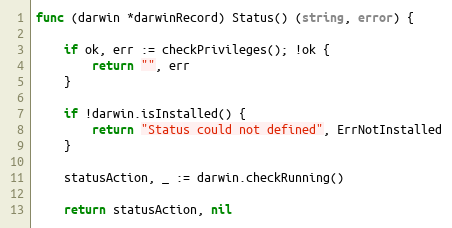
Language: Go
func (darwin *darwinRecord) Status() (string, error) {

	if ok, err := checkPrivileges(); !ok {
		return "", err
	}

	if !darwin.isInstalled() {
		return "Status could not defined", ErrNotInstalled
	}

	statusAction, _ := darwin.checkRunning()

	return statusAction, nil